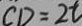
C D = 2 t